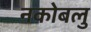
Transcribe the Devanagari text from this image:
नकोबलु